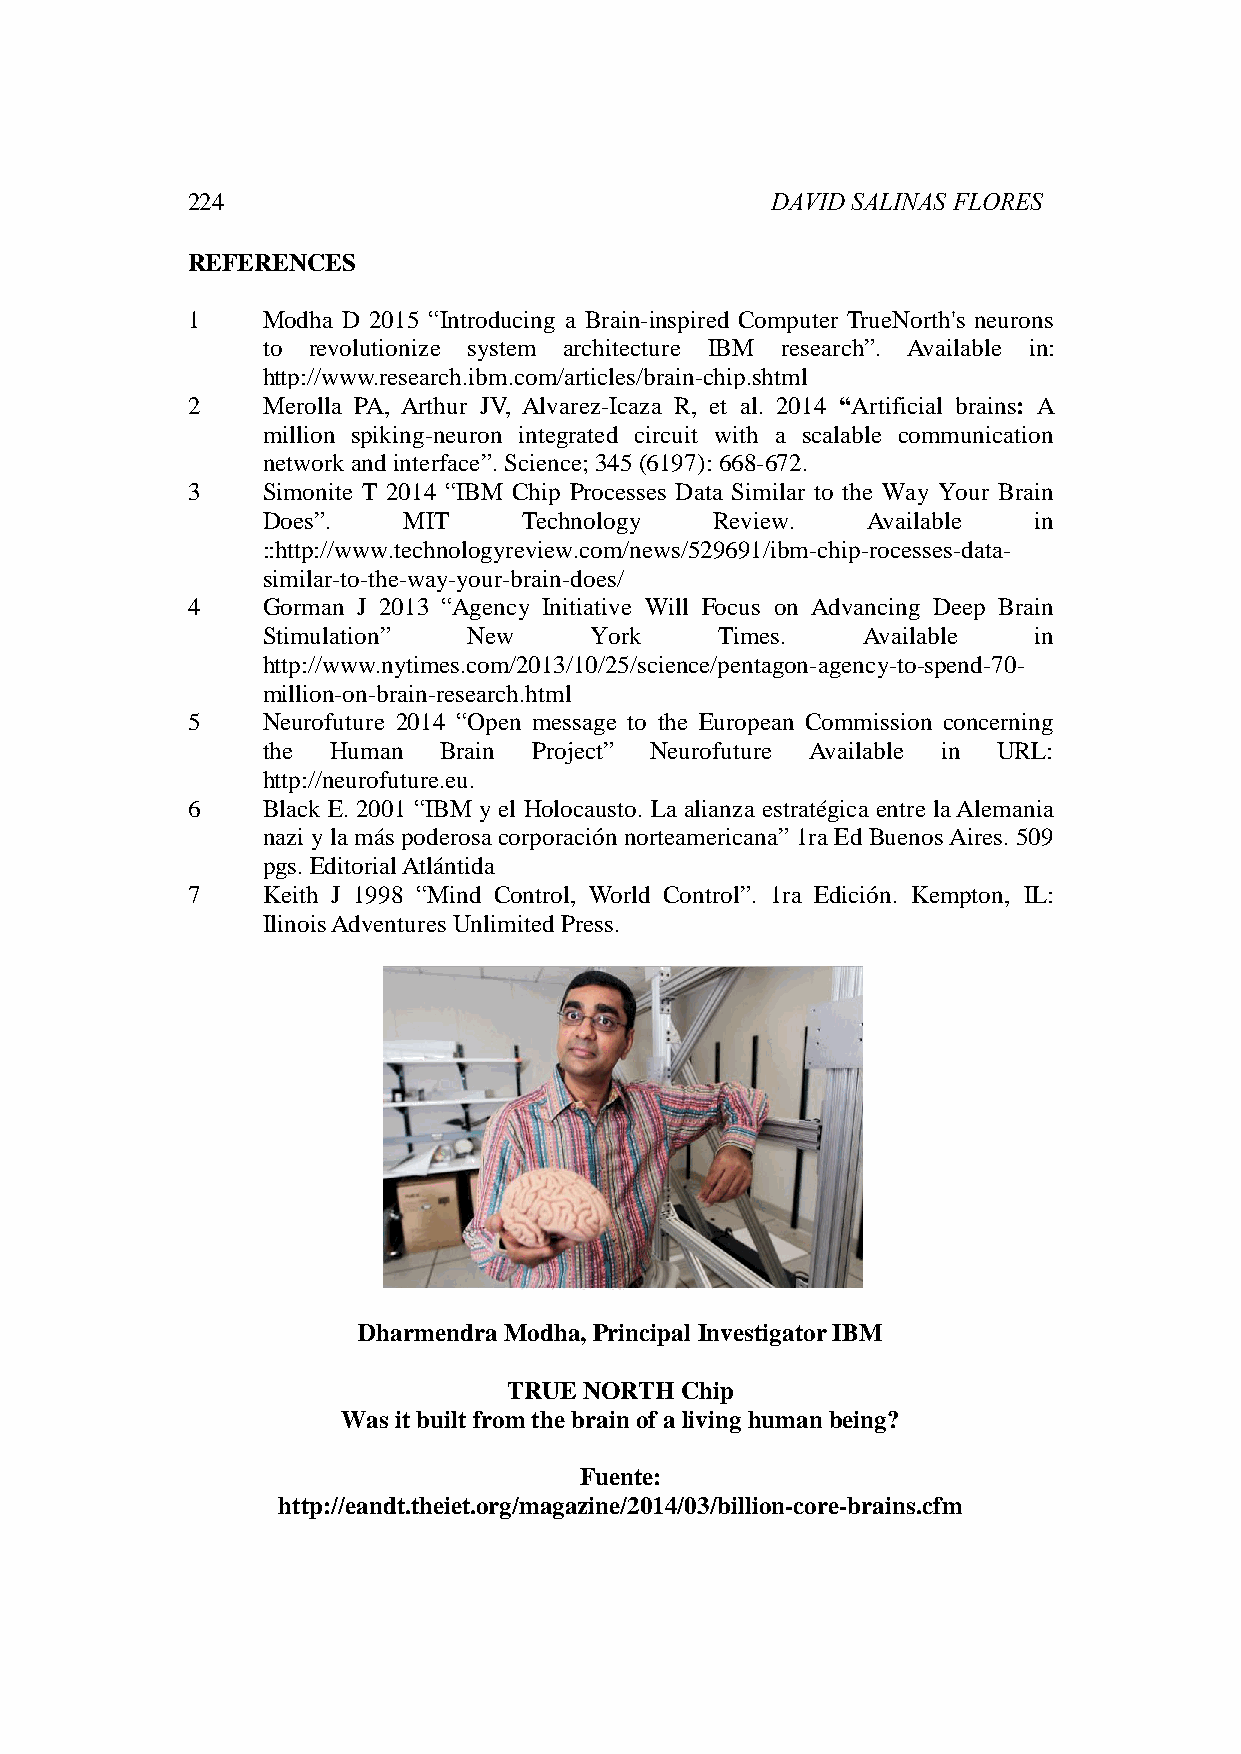
224                                    DAVID SALINAS FLORES
 REFERENCES
 1    Modha D 2015 “Introducing a Brain-inspired Computer TrueNorth's neurons
 to revolutionize system architecture IBM research”. Available in:
 http://www.research.ibm.com/articles/brain-chip.shtml
 2    Merolla PA, Arthur JV, Alvarez-Icaza R, et al. 2014 “Artificial brains: A
 million spiking-neuron integrated circuit with a scalable communication
 network and interface”. Science; 345 (6197): 668-672.
 3    Simonite T 2014 “IBM Chip Processes Data Similar to the Way Your Brain
 Does”.    MIT     Technology  Review.   Available  in
 ::http://www.technologyreview.com/news/529691/ibm-chip-rocesses-data-
 similar-to-the-way-your-brain-does/
 4    Gorman J 2013 “Agency Initiative Will Focus on Advancing Deep Brain
 Stimulation”  New     York     Times.   Available  in
 http://www.nytimes.com/2013/10/25/science/pentagon-agency-to-spend-70-
 million-on-brain-research.html
 5    Neurofuture 2014 “Open message to the European Commission concerning
 the  Human  Brain Project” Neurofuture Available in URL:
 http://neurofuture.eu.
 6    Black E. 2001 “IBM y el Holocausto. La alianza estratégica entre la Alemania
 nazi y la más poderosa corporación norteamericana” 1ra Ed Buenos Aires. 509
 pgs. Editorial Atlántida
 7    Keith J 1998 “Mind Control, World Control”. 1ra Edición. Kempton, IL:
 Ilinois Adventures Unlimited Press.
 Dharmendra Modha, Principal Investigator IBM
 TRUE NORTH Chip
 Was it built from the brain of a living human being?
 Fuente:
 http://eandt.theiet.org/magazine/2014/03/billion-core-brains.cfm